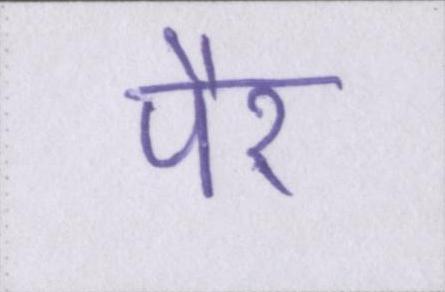
पैर